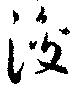
浚